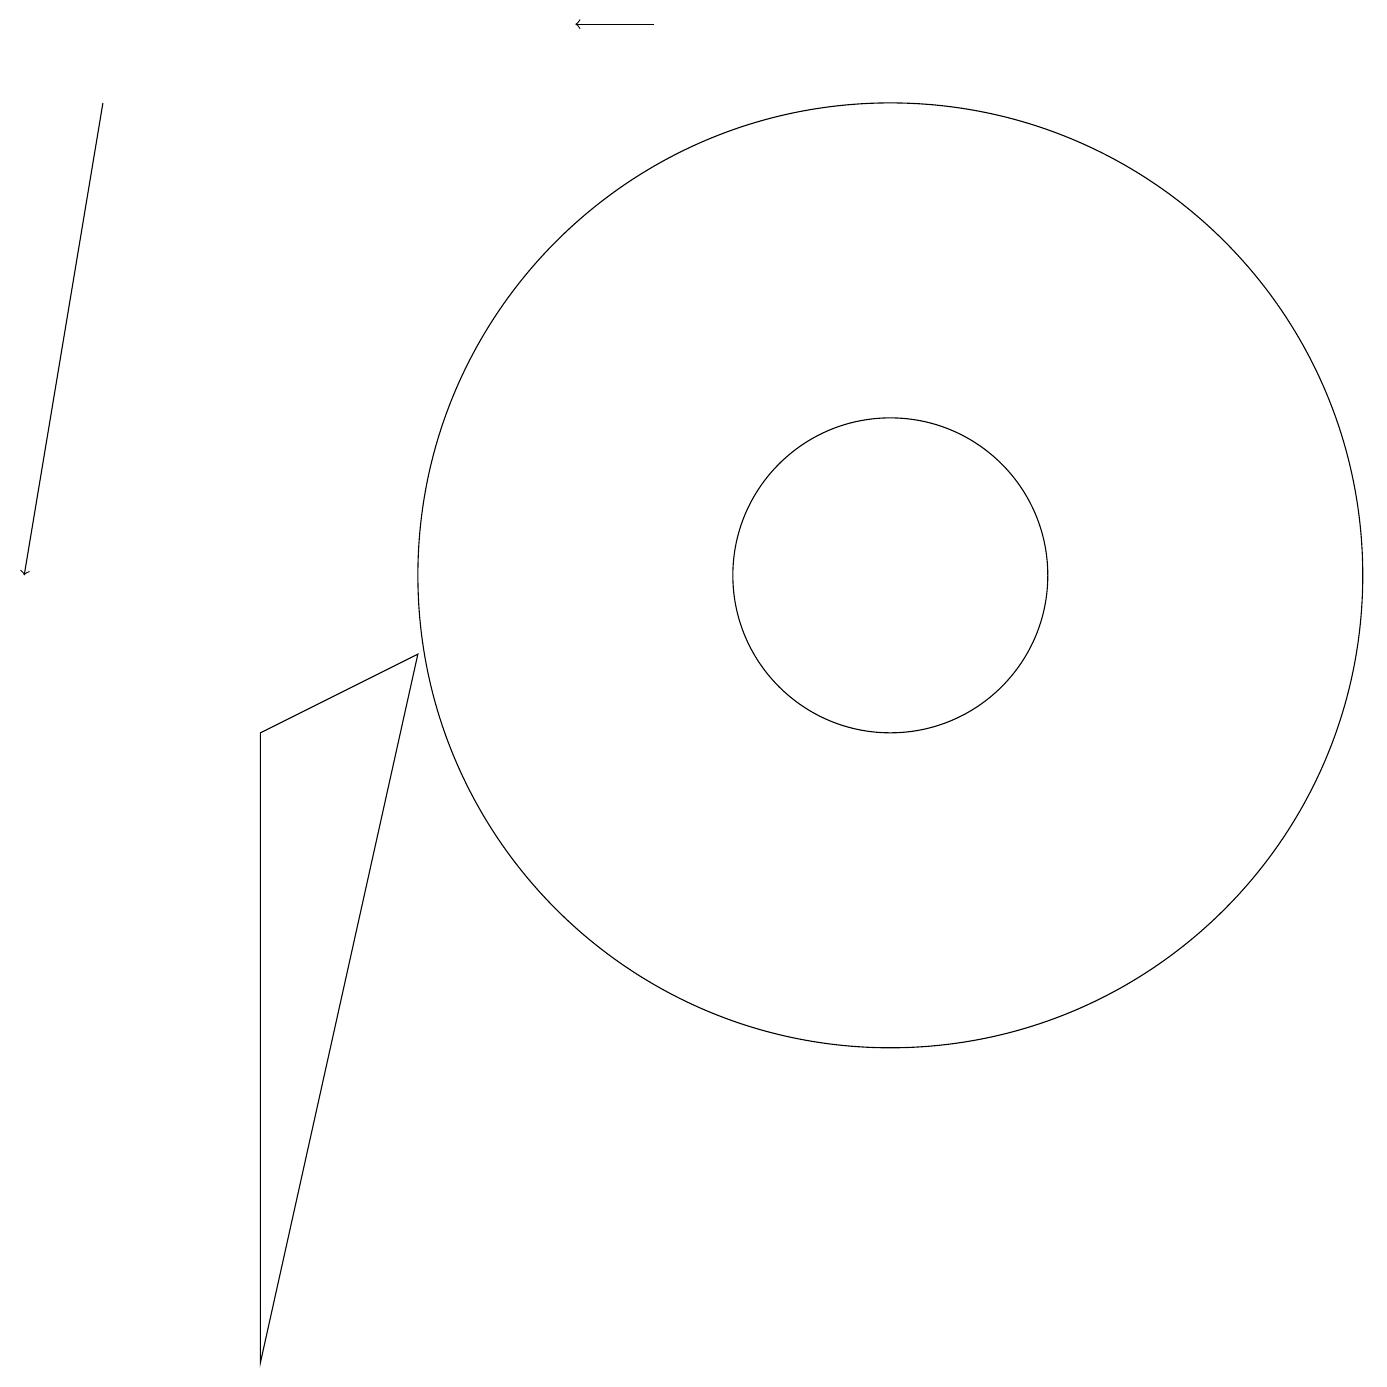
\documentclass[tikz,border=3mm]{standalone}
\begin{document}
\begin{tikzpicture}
\draw (5,9) -- (3,0) -- (3,8) -- cycle;
\draw (11,10) circle (6);
\draw[->] (1,16) -- (0,10);
\draw[->] (8,17) -- (7,17);
\draw (11,10) circle (2);
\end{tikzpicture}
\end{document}